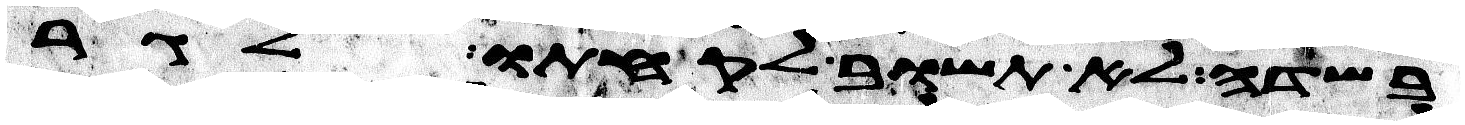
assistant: בשדה לא תשוב לקחתו לגר